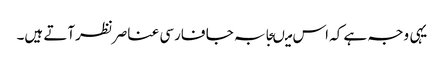
یہی وجہ ہے کہ اس میںجابہ جا فارسی عناصرنظرآتے ہیں۔